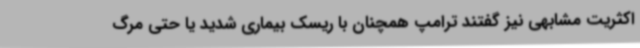
اکثریت مشابهی نیز گفتند ترامپ همچنان با ریسک بیماری شدید یا حتی مرگ